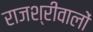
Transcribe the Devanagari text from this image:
राजश्रीवालों